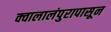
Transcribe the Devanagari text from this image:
क्वालालंपुरापासून